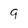
Character: g